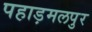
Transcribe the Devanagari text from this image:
पहाड़मलपुर